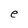
Character: e